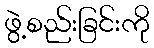
ဖွဲ့စည်းခြင်းကို